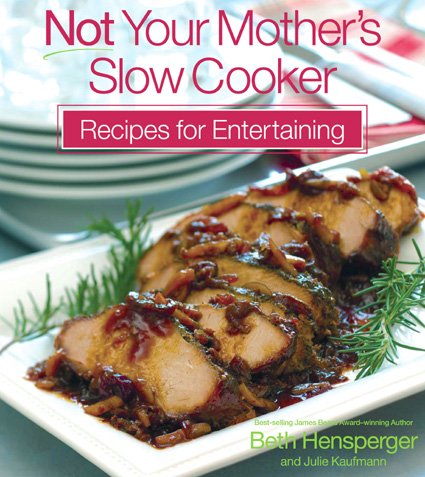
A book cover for Not Your Mother's Slow Cooker Recipes for Entertaining (NYM Series); Beth Hensperger; Cookbooks, Food & Wine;